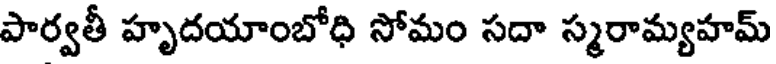
పార్వతీ హృదయాంబోధి సోమం సదా స్మరామ్యహమ్